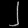
Digit: ၂